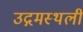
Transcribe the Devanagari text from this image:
उद्गमस्थली